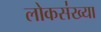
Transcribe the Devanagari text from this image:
लोकस॑ख्या